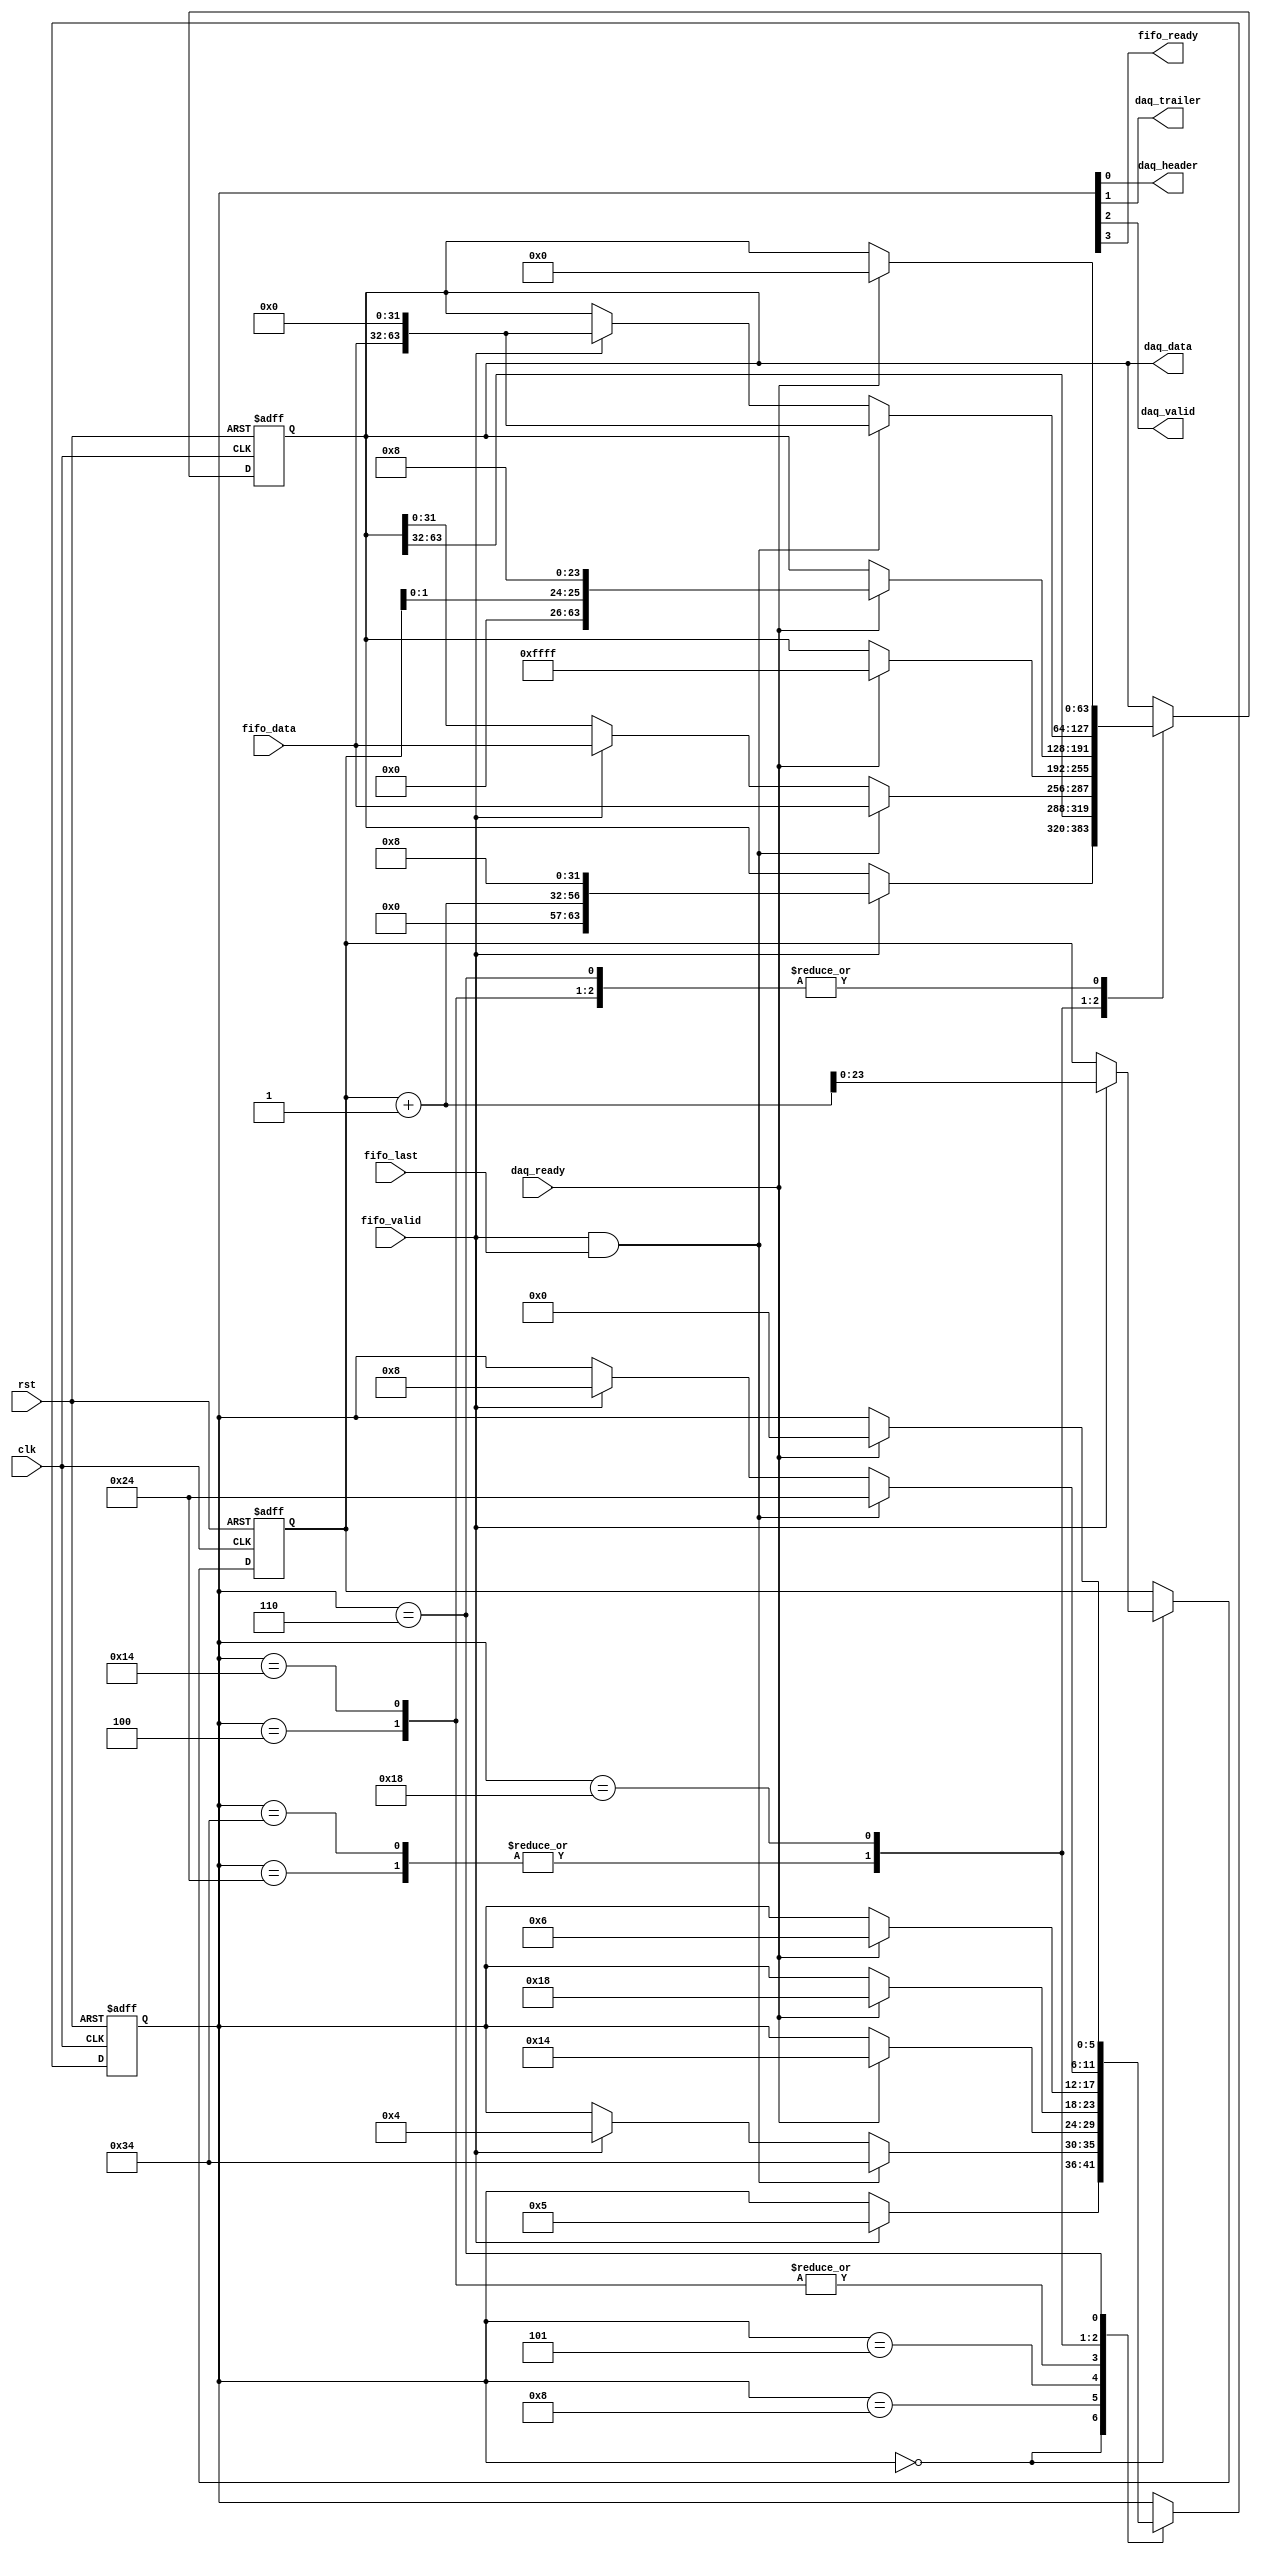
module simpleDataTransfer (
  output reg [63:0] daq_data,
  output wire daq_header,
  output wire daq_trailer,
  output wire daq_valid,
  output wire fifo_ready,
  input wire clk,
  input wire daq_ready,
  input wire [31:0] fifo_data,
  input wire fifo_last,
  input wire fifo_valid,
  input wire rst 
);

  // state bits
  parameter 
  IDLE       = 6'b000000, // extra=00 fifo_ready=0 daq_valid=0 daq_trailer=0 daq_header=0 
  DATA1      = 6'b001000, // extra=00 fifo_ready=1 daq_valid=0 daq_trailer=0 daq_header=0 
  DATA2      = 6'b000100, // extra=00 fifo_ready=0 daq_valid=1 daq_trailer=0 daq_header=0 
  HEADER1    = 6'b000101, // extra=00 fifo_ready=0 daq_valid=1 daq_trailer=0 daq_header=1 
  HEADER2    = 6'b010100, // extra=01 fifo_ready=0 daq_valid=1 daq_trailer=0 daq_header=0 
  LAST_DATA1 = 6'b100100, // extra=10 fifo_ready=0 daq_valid=1 daq_trailer=0 daq_header=0 
  LAST_DATA2 = 6'b110100, // extra=11 fifo_ready=0 daq_valid=1 daq_trailer=0 daq_header=0 
  READY_DATA = 6'b011000, // extra=01 fifo_ready=1 daq_valid=0 daq_trailer=0 daq_header=0 
  TRAILER    = 6'b000110; // extra=00 fifo_ready=0 daq_valid=1 daq_trailer=1 daq_header=0 

  reg [5:0] state;
  reg [5:0] nextstate;
  reg [23:0] trig_num;
  reg [63:0] next_daq_data;
  reg [23:0] next_trig_num;

  // comb always block
  always @* begin
    nextstate = state; // default to hold value because implied_loopback is set
    next_daq_data[63:0] = daq_data[63:0];
    next_trig_num[23:0] = trig_num[23:0];
    case (state)
      IDLE      : begin
        if (fifo_valid) begin
          nextstate = HEADER1;
          next_daq_data[63:0] = {{8'h00,trig_num[23:0]+1},32'h00000008};
          next_trig_num[23:0] = trig_num[23:0]+1;
        end
      end
      DATA1     : begin
        if (fifo_valid && fifo_last) begin
          nextstate = LAST_DATA2;
          next_daq_data[63:0] = {daq_data[63:32],fifo_data[31:0]};
        end
        else if (fifo_valid) begin
          nextstate = DATA2;
          next_daq_data[63:0] = {daq_data[63:32],fifo_data[31:0]};
        end
      end
      DATA2     : begin
        if (daq_ready) begin
          nextstate = READY_DATA;
          next_daq_data[63:0] = 0;
        end
      end
      HEADER1   : begin
        if (daq_ready) begin
          nextstate = HEADER2;
          next_daq_data[63:0] = 64'h000000000000FFFF;
        end
      end
      HEADER2   : begin
        if (daq_ready) begin
          nextstate = READY_DATA;
          next_daq_data[63:0] = 0;
        end
      end
      LAST_DATA1: begin
        if (daq_ready) begin
          nextstate = TRAILER;
          next_daq_data[63:0] = {32'h00000000,{trig_num[1:0],24'h000008}};
        end
      end
      LAST_DATA2: begin
        if (daq_ready) begin
          nextstate = TRAILER;
          next_daq_data[63:0] = {32'h00000000,{trig_num[1:0],24'h000008}};
        end
      end
      READY_DATA: begin
        if (fifo_valid && fifo_last) begin
          nextstate = LAST_DATA1;
          next_daq_data[63:0] = {fifo_data[31:0],32'h00000000};
        end
        else if (fifo_valid) begin
          nextstate = DATA1;
          next_daq_data[63:0] = {fifo_data[31:0],32'h00000000};
        end
      end
      TRAILER   : begin
        if (daq_ready) begin
          nextstate = IDLE;
          next_daq_data[63:0] = 0;
        end
      end
    endcase
  end

  // Assign reg'd outputs to state bits
  assign daq_header = state[0];
  assign daq_trailer = state[1];
  assign daq_valid = state[2];
  assign fifo_ready = state[3];

  // sequential always block
  always @(posedge clk or posedge rst) begin
    if (rst) begin
      state <= IDLE;
      daq_data[63:0] <= 0;
      trig_num[23:0] <= 0;
      end
    else begin
      state <= nextstate;
      daq_data[63:0] <= next_daq_data[63:0];
      trig_num[23:0] <= next_trig_num[23:0];
      end
  end

  // This code allows you to see state names in simulation
  `ifndef SYNTHESIS
  reg [79:0] statename;
  always @* begin
    case (state)
      IDLE      :
        statename = "IDLE";
      DATA1     :
        statename = "DATA1";
      DATA2     :
        statename = "DATA2";
      HEADER1   :
        statename = "HEADER1";
      HEADER2   :
        statename = "HEADER2";
      LAST_DATA1:
        statename = "LAST_DATA1";
      LAST_DATA2:
        statename = "LAST_DATA2";
      READY_DATA:
        statename = "READY_DATA";
      TRAILER   :
        statename = "TRAILER";
      default   :
        statename = "XXXXXXXXXX";
    endcase
  end
  `endif

endmodule